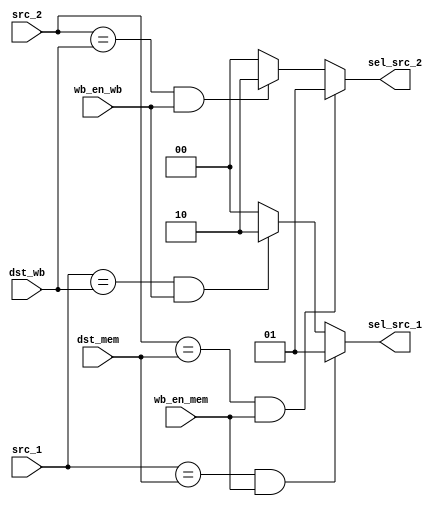
module forward(input wb_en_mem, wb_en_wb,input[3:0] dst_mem, dst_wb,src_1,src_2,output reg[1:0] sel_src_1,output reg[1:0] sel_src_2);

	always @(*) begin
		sel_src_1 = 2'b00;
		sel_src_2 = 2'b00;
		if(src_1==dst_mem && wb_en_mem==1)begin
			sel_src_1=2'b01;
		end
		else if(src_1==dst_wb && wb_en_wb==1)begin
			sel_src_1=2'b10;
		end
		else begin
			sel_src_1=2'b00;
		end
		
		
		if(src_2==dst_mem && wb_en_mem==1)begin
			sel_src_2=2'b01;
		end
		else if(src_2==dst_wb && wb_en_wb==1)begin
			sel_src_2=2'b10;
		end
		else begin
			sel_src_2=2'b00;
		end 

	end
endmodule